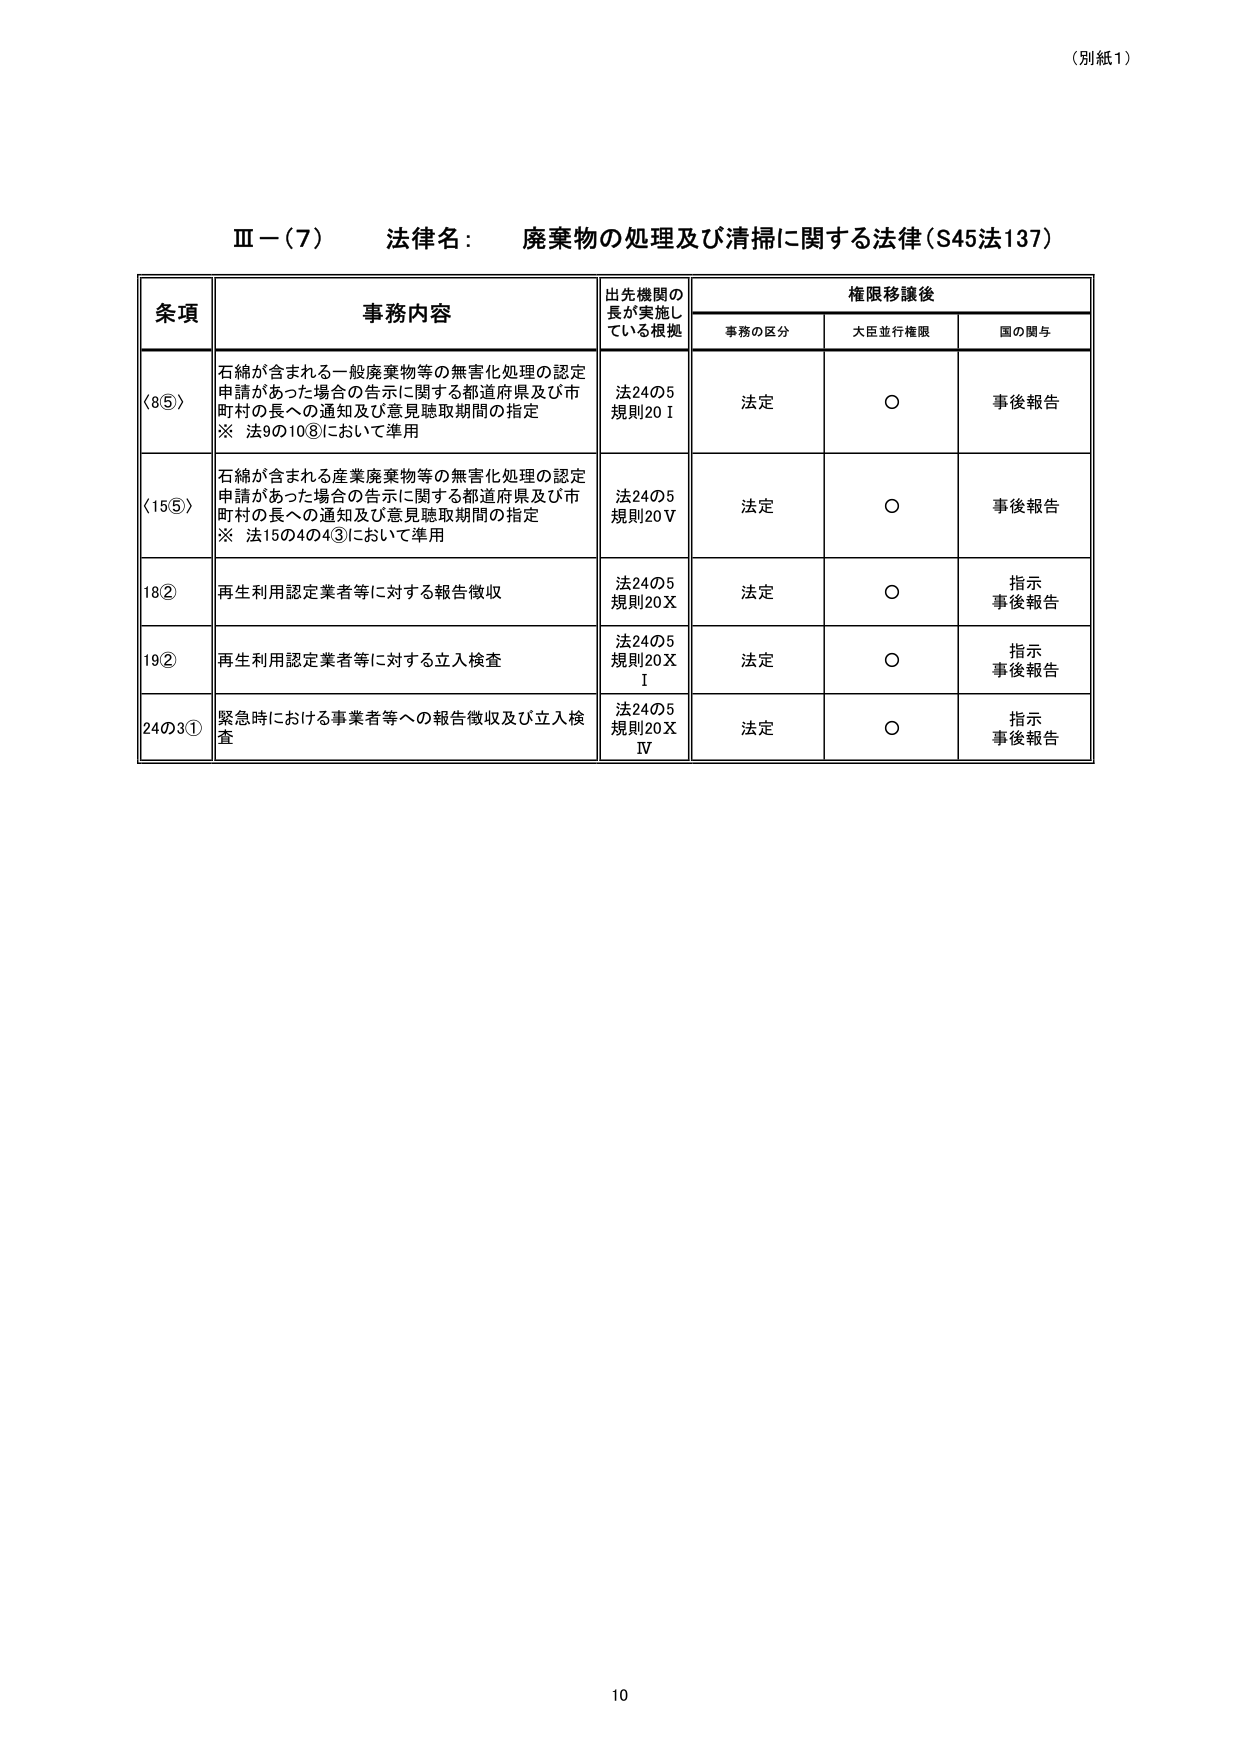
（別紙1）

Ⅲ－（7） 法律名： 廃棄物の処理及び清掃に関する法律（S45法137）

条項 事務内容 出先機関の長が実施している根拠 権限移譲後